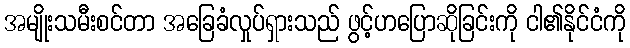
အမျိုးသမီးစင်တာ အခြေခံလှုပ်ရှားသည် ဖွင့်ဟပြောဆိုခြင်းကို ငါ၏နိုင်ငံကို